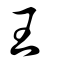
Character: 王